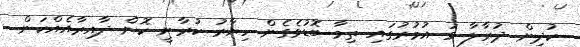
ކުދިން ދުރާލާ ޅަ އުމުރުގައި ތިމާ ބޮޑުވެގެން ހިޔާރު ކުރާނީ ކޮން ދާއިރާއެއްކަން